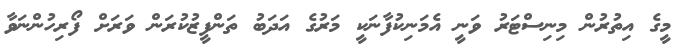
މީގެ އިތުރުން މިނިސްޓަރު ވަނީ އެމަނިކުފާނަކީ މަރުގެ އަދަބު ތަންފީޒުކުރަން ވަރަށް ފޯރިހުންނަވާ